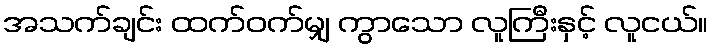
အသက်ချင်း ထက်ဝက်မျှ ကွာသော လူကြီးနှင့် လူငယ်။